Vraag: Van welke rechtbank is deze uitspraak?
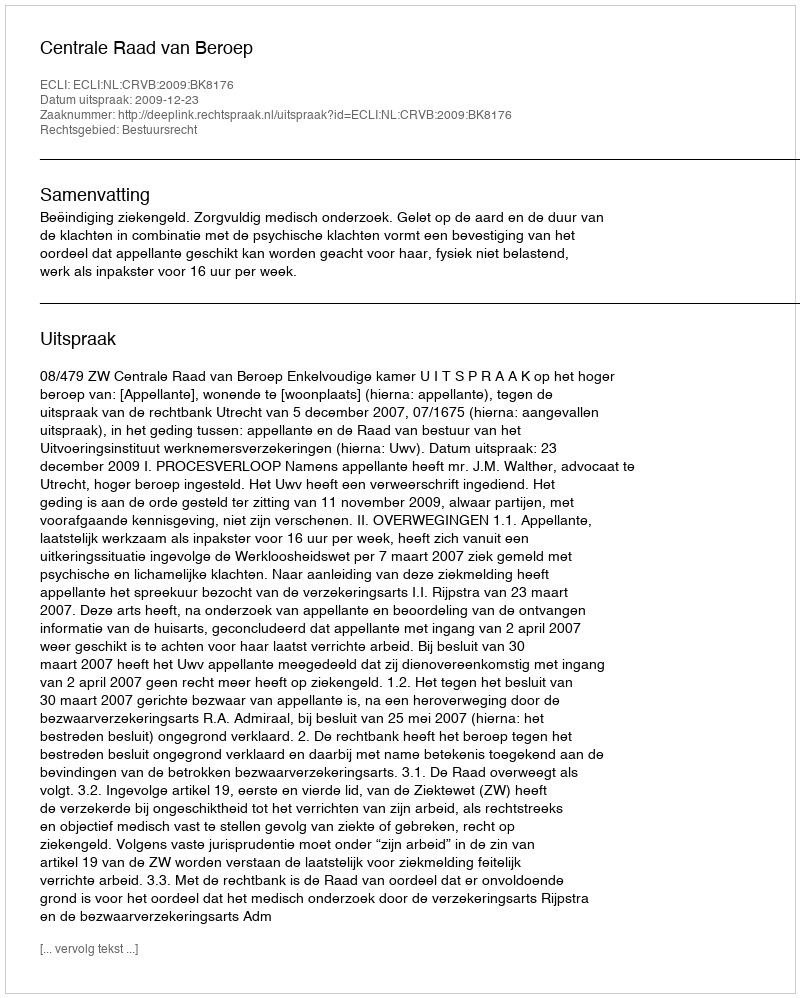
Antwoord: Centrale Raad van Beroep